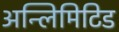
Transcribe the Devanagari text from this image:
अन्लिमिटिड